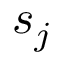
s _ { j }